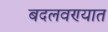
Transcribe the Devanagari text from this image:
बदलवण्यात